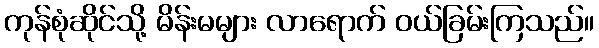
ကုန်စုံဆိုင်သို့ မိန်းမများ လာရောက် ဝယ်ခြမ်းကြသည်။